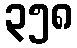
၃၅၈